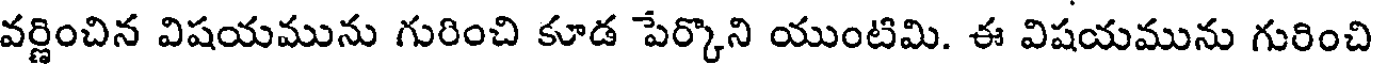
వర్ణించిన విషయమును గురించి కూడ పేర్కొని యుంటిమి. ఈ విషయమును గురించి